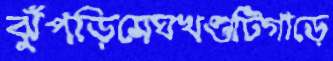
ঝুঁপড়িমেঘখণ্ডটিগাড়ে